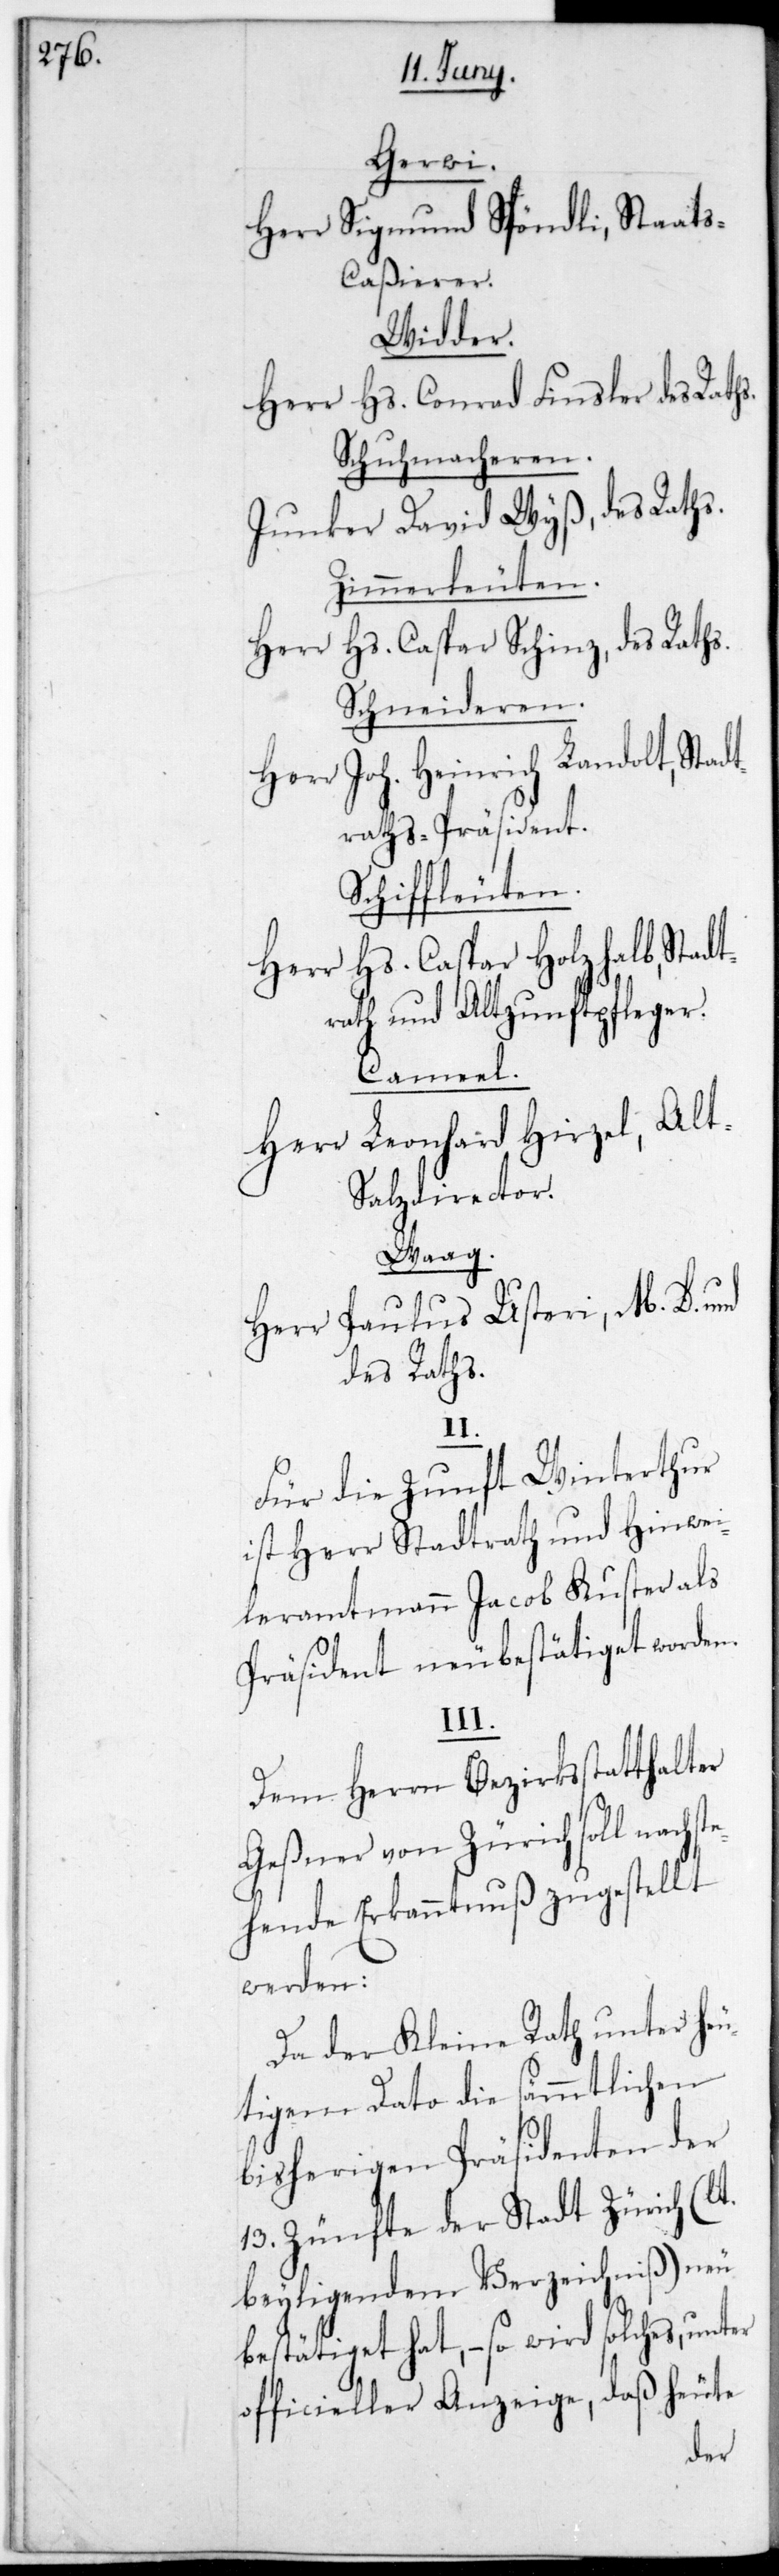
Gerwi.
Herr Sigmund Spöndli, Staats¬
caßierer
Widder.
Herr Hs. Conrad Finsler, des Rath¬
Schuhmacheren.
Junker David Wyß, des Raths.
Zimmerleuten.
Herr Caspar Schinz, des Raths
Schneideren.
Herr Joh. Heinrich Landolt, Stad¬
traths-Präsident.
Schiffleuten.
Hs. Caspar Holzhalb, Stadt¬
ste¬
rath und Altzunftpfleger.
Cameel.
Herr Leonhard Hirzel, Al¬
t-Salzdirector.
Waag.
Herr Paulus Usteri, M.D. und
des Raths.
t.
Für die Zunft Winterthur
ist Herr Stadtrath und Hinwi¬
ler-Amtmann Jacob Kuster als
Präsident neu bestätiget worden.
III.
Dem Herrn Bezirksstatthalter
Geßner von Zürich soll nach¬
hende Erkanntnuß zugestellt
werden:
Da der Kleine Rath unter heu¬
tigem Dato die sämmtlichen
bisherigen Präsidenten der
13. Zünfte der Stadt Zürich (l¬
beyligendem Verzeichnis) neu
bestätiget hat, – so wird solches, unter
officieller Anzeige, daß heute